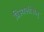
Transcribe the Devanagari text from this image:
त्रिस्थलीसेतु